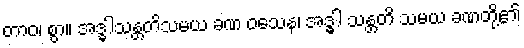
တာဝ၊ စွာ။ အဒ္ဓါသန္တတိသမယ ခဏ ဝသေန၊ အဒ္ဓါ သန္တတိ သမယ ခဏတို့၏